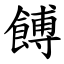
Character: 餺